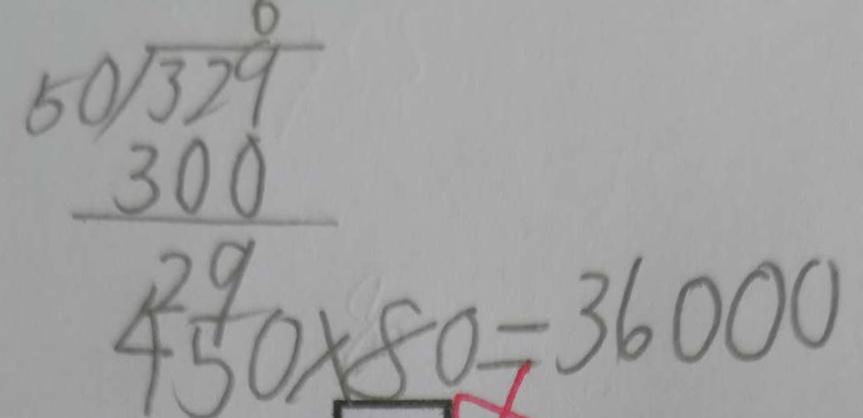
4 5 0 \times 8 0 = 3 6 0 0 0